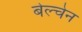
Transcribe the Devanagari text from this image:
बेल्चेन